Indian journal of veterinary science and animal husbandry - Volume 9,
Year: 1939
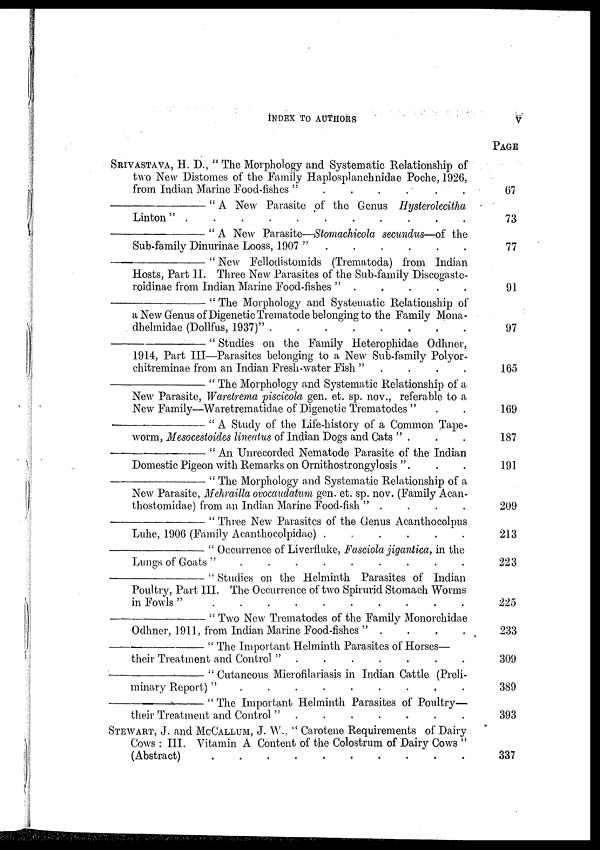
INDEX TO AUTHORS
V
SRIVASTAVA, H. D., " The Morphology and Systematic Relationship of
two New Distomes of the Family Haplosplanchnidae Poche, 1926,
from Indian Marine Food-fishes " . . . . . . . . . .
—"
A New Parasite of the Genus Hysterolecitha
Linton "
.
.
.
.
.
.
.
.
.
.
—"
A New Parasite—Stomachicola secundus—of the
Sub-family Dinurinae Looss, 1907 " . . . . . . . . . .
—"
New Fellodistomids (Trematoda) from Indian
Hosts, Part II. Three New Parasites of the Sub-family Discogaste-
roidinae from Indian Marine Food-fishes " .
.
.
.
.
—"
The Morphology and Systematic Relationship of
a New Genus of Digenetic Trematode belonging to the Family Mona-
dhelmidae (Dollfus, 1937)"
.
.
.
.
.
.
.
.
.
.
—"
Studies on the Family Heterophidae Odhner,
1914, Part III—Parasites belonging to a New Sub-family Polyor-
chitreminae from an Indian Fresh-water Fish " . . . .
—"
The Morphology and Systematic Relationship of a
New Parasite, Waretrema piscicola gen. et. sp. nov., referable to a
New Family—Waretrematidae of Digenetic Trematodes " . .
—"
A Study of the Life-history of a Common Tape-
worm, Mesocestoides lineatus of Indian Dogs and Cats " . . .
—"
An Unrecorded Nematode Parasite of the Indian
Domestic Pigeon with Remarks on Ornithostrongylosis ". . .
—"
The Morphology and Systematic Relationship of a
New Parasite, Mehrailla ovocaudatum gen. et. sp. nov. (Family Acan-
thostomidae) from an Indian Marine Food-fish " . . . .
—"
Three New Parasites of the Genus Acanthocolpus
Luhe, 1906 (Family Acanthocolpidae)
.
.
.
.
.
.
—"
Occurrence of Liverfluke, Fasciola jigantica, in the
Lungs of Goats "
.
.
.
.
.
.
.
.
.
—"
Studies on the Helminth Parasites of Indian
Poultry, Part III. The Occurrence of two Spirurid Stomach Worms
in Fowls"
.
.
.
.
.
.
.
.
.
.
—"
Two New Trematodes of the Family Monorchidae
Odhner, 1911, from Indian Marine Food-fishes " .
.
.
.
—"
The Important Helminth Parasites of Horses—
their Treatment and Control " . . . . . . . . . . .
—"
Cutaneous Microfilariasis in Indian Cattle (Preli-
minary Report) "
.
.
.
.
.
.
.
.
.
.
—"
The Important Helminth Parasites of Poultry—
their Treatment and Control " . . . . . . . .
STEWART, J. and McCALLUM, J. W., " Carotene Requirements of Dairy
Cows : III. Vitamin A Content of the Colostrum of Dairy Cows "
(Abstract)
.
.
.
.
.
.
.
.
.
.
PAGE
67
73
77
91
97
165
169
187
191
209
213
223
225
233
309
389
393
337